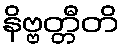
နိဗ္ဗတ္တီတိ